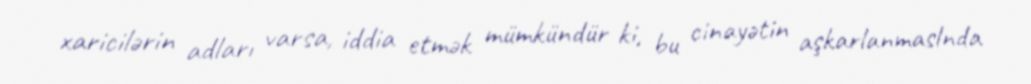
xaricilərin adları varsa, iddia etmək mümkündür ki, bu cinayətin aşkarlanmaslnda